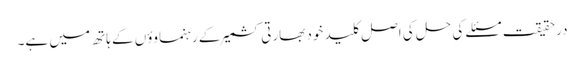
درحقیقت مسئلے کی حل کی اصل کلید خود بھارتی کشمیر کے رہنماوؤں کے ہاتھ میں ہے۔